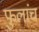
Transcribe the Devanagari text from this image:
फुलांच